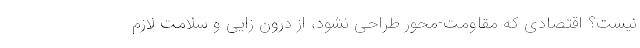
نیست؟ اقتصادی که مقاومت-محور طراحی نشود، از درون­ زایی و سلامت لازم